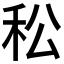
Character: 𥝶